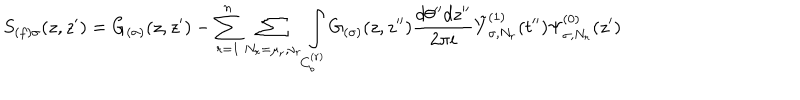
S _ { ( f ) \sigma } ( z , z ^ { \prime } ) = G _ { ( \sigma ) } ( z , z ^ { \prime } ) - \sum _ { r = 1 } ^ { n } \sum _ { N _ { r } = \mu _ { r } , \nu _ { r } } \int _ { C _ { b } ^ { ( r ) } } G _ { ( \sigma ) } ( z , z ^ { \prime \prime } ) \frac { d \theta ^ { \prime \prime } d z ^ { \prime \prime } } { 2 \pi i } \tilde { Y } _ { \sigma , N _ { r } } ^ { ( 1 ) } ( t ^ { \prime \prime } ) \Psi _ { \sigma , N _ { r } } ^ { ( 0 ) } ( z ^ { \prime } )